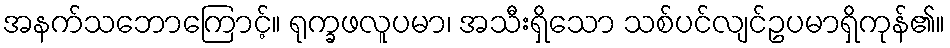
အနက်သဘောကြောင့်။ ရုက္ခဖလူပမာ၊ အသီးရှိသော သစ်ပင်လျင်ဥပမာရှိကုန်၏။